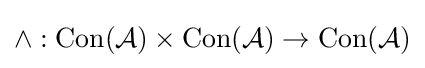
\wedge :\mathrm {Con} ({\mathcal {A}})\times \mathrm {Con} ({\mathcal {A}})\to \mathrm {Con} ({\mathcal {A}})